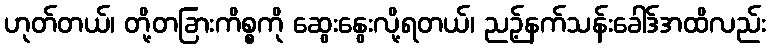
ဟုတ်တယ်၊ တို့တခြားကိစ္စကို ဆွေးနွေးလို့ရတယ်၊ ညဉ့်နက်သန်းခေါဒ်အထိလည်း